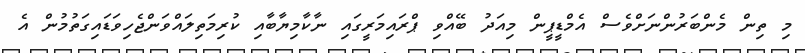
މި ތިން މެންބަރުންނަށްވެސް އެމްޑީޕީން މިއަދު ބޭއްވި ޕްރައިމަރީގައި ނާކާމިޔާބާއި ކުރިމަތިލައްވަންޖެހިވަޑައިގަތުމުން އެ